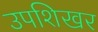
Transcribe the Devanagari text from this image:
उपशिखर